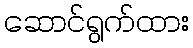
ဆောင်ရွက်ထား